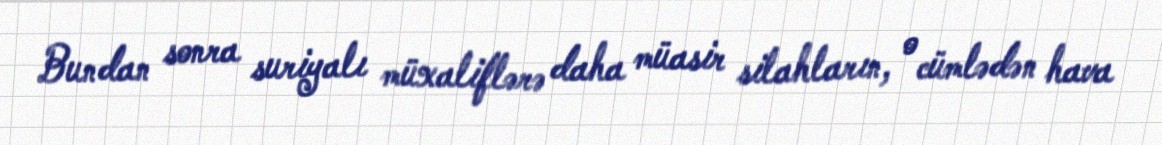
Bundan sonra suriyalı müxaliflərə daha müasir silahların, o cümlədən hava